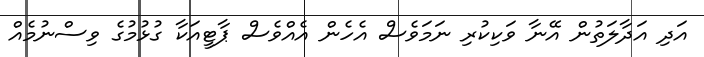
އަދި އަދާލަތުން އޭނާ ވަކިކުރި ނަމަވެސް އެހެން އެއްވެސް ޕާޓީއަކާ ގުޅުމުގެ ވިސްނުމެއް